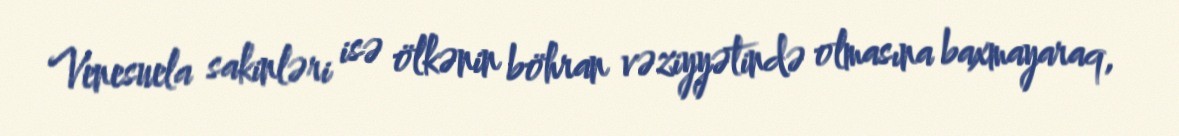
Venesuela sakinləri isə ölkənin böhran vəziyyətində olmasına baxmayaraq,